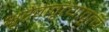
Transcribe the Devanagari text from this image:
भूरेवावृत्यावृत्य